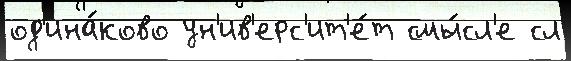
од'ина́ково ун'ив'ерс'ит'е́т смы́сл'е сл